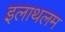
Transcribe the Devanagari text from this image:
इलाथलम